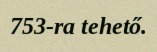
753-ra tehető.